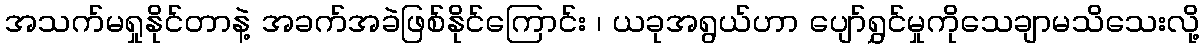
အသက်မရှုနိုင်တာနဲ့ အခက်အခဲဖြစ်နိုင်ကြောင်း ၊ ယခုအရွယ်ဟာ ပျော်ရွှင်မှုကိုသေချာမသိသေးလို့